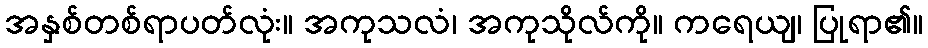
အနှစ်တစ်ရာပတ်လုံး။ အကုသလံ၊ အကုသိုလ်ကို။ ကရေယျ၊ ပြုရာ၏။